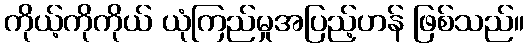
ကိုယ့်ကိုကိုယ် ယုံကြည်မှုအပြည့်ဟန် ဖြစ်သည်။